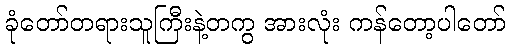
ခုံတော်တရားသူကြီးနဲ့တကွ အားလုံး ကန်တော့ပါတော်